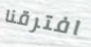
افترقنا